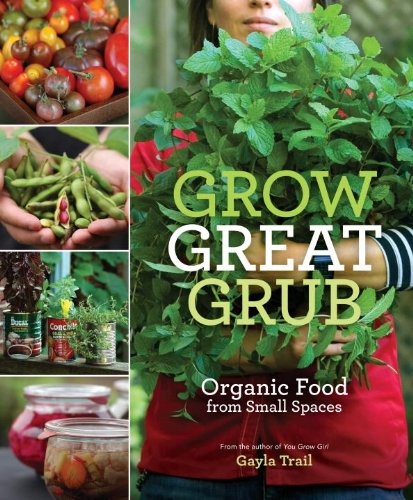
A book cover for Grow Great Grub: Organic Food from Small Spaces; Gayla Trail; Crafts, Hobbies & Home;